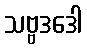
သဗ္ဗဒဒေါ